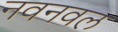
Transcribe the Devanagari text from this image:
नवनवल